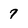
Character: 7